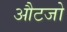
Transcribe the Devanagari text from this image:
औटजो